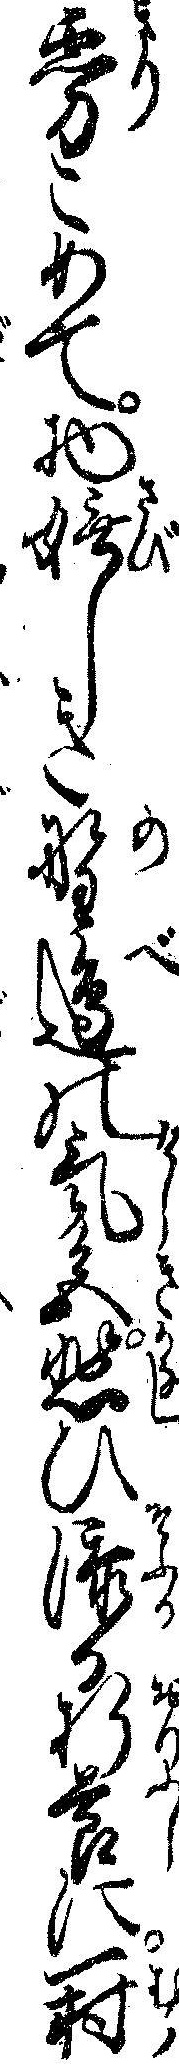
霧こめて物嫵しき野辺の気色悲ひ添る折節に一村